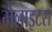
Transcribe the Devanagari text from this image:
मेलाइटस